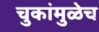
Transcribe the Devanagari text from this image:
चुकांमुळेच